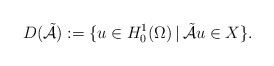
\begin{align*} D(\tilde{\mathcal{A}}) := \{u \in H^{1}_{0}(\Omega) \,|\, \tilde{\mathcal{A}} u \in X\}. \end{align*}